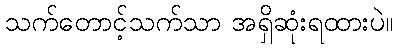
သက်တောင့်သက်သာ အရှိဆုံးရထားပဲ။